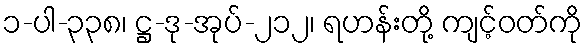
၁-ပါ-၃၃၈၊ ဋ္ဌ-ဒု-အုပ်-၂၁၂၊ ရဟန်းတို့ ကျင့်ဝတ်ကို